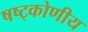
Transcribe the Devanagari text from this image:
षष्ट्कोणीय